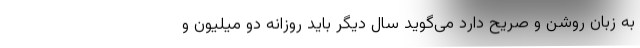
به زبان روشن و صریح دارد می‌گوید سال دیگر باید روزانه دو میلیون و